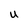
Character: U